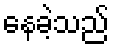
နေခဲ့သည်